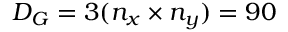
D _ { G } = 3 ( n _ { x } \times n _ { y } ) = 9 0